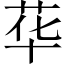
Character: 𱽣